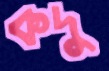
কদু